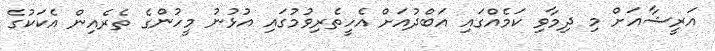
އަރީޝާއަށް މި ދިމާވި ކަމެއްގައި އަބްދުއަށް އެހީތެރިވުމުގައި އުޅުނު މީހުންގެ ތެރެއިން އެކަކުގެ